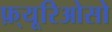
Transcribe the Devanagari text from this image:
फ़्यूरिओसो